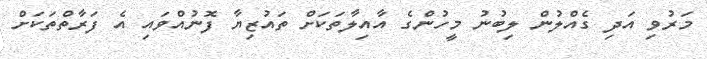
މަރުވި އަދި ގެއްލުން ލިބުނު މީހުންގެ އާއިލާތަކަށް ތައުޒިޔާ ފޮނުއްވައި އެ ފަރާތްތަކަށް